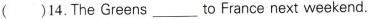
( )14. The Greens___ to France next weekend.